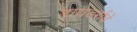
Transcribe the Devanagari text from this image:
रायडर्सचे